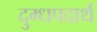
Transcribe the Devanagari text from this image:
दुग्धपदार्थ